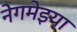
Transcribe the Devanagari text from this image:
नेगमेइया